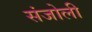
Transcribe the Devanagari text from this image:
संजोली